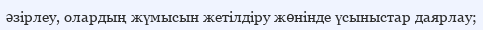
әзірлеу, олардың жүмысын жетілдіру жөнінде үсыныстар даярлау;